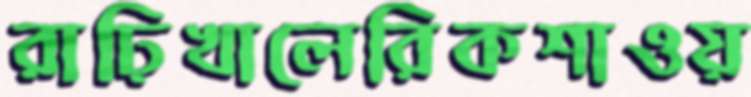
রাঢ়িখালেরিকশাওয়